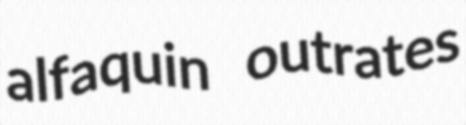
alfaquin outrates